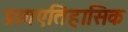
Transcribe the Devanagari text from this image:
प्रागएतिहासिक